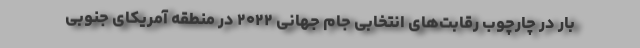
بار در چارچوب رقابت‌های انتخابی جام جهانی ۲۰۲۲ در منطقه آمریکای جنوبی